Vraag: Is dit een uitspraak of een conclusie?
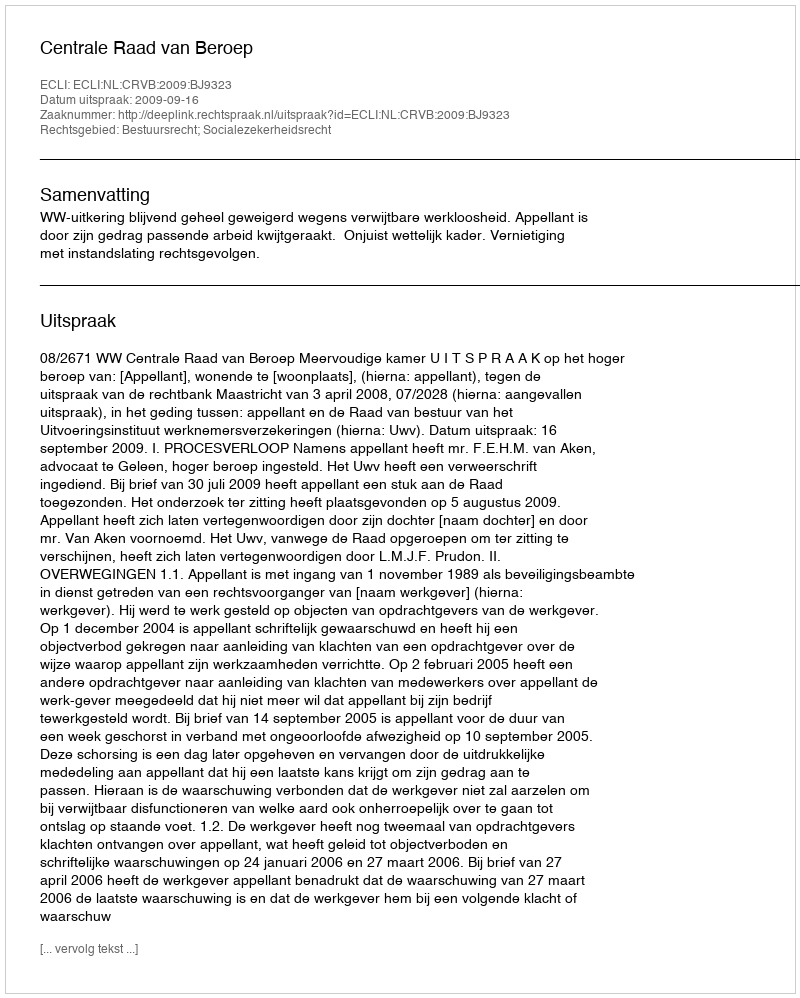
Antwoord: Uitspraak